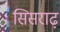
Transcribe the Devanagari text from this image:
सिसराढ़